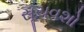
સૂચવશો